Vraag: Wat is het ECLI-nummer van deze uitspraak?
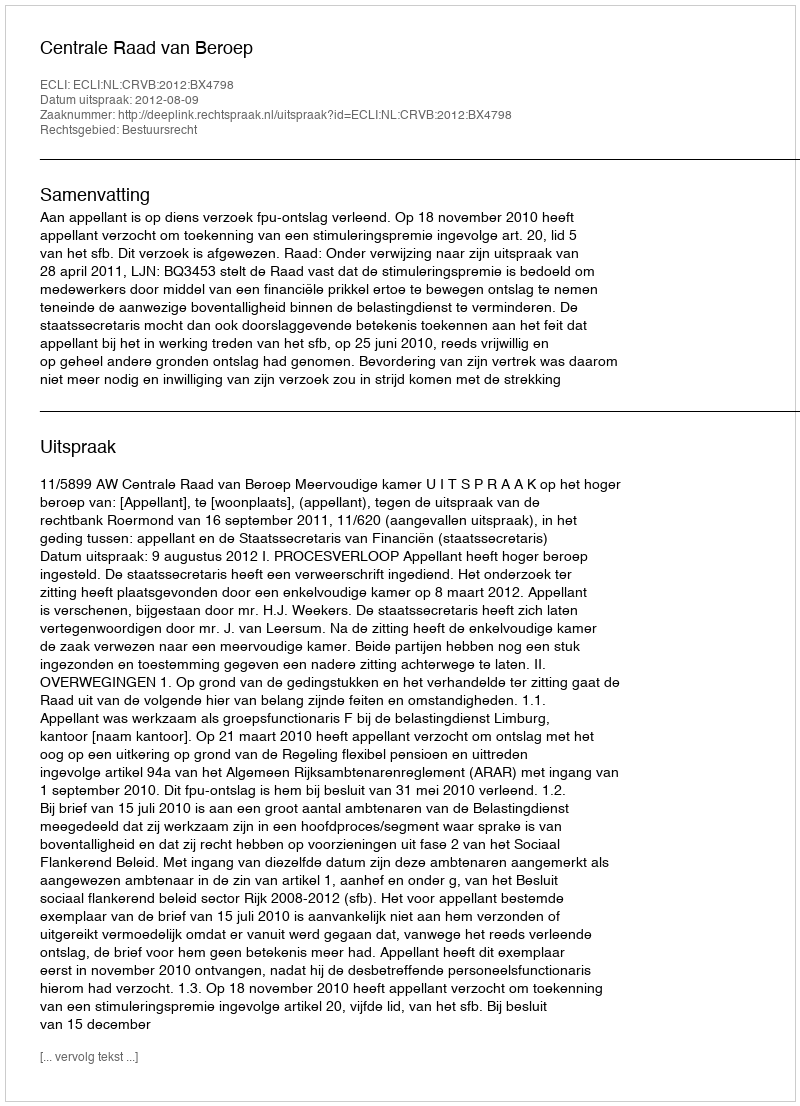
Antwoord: ECLI:NL:CRVB:2012:BX4798